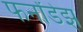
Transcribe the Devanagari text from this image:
फर्नांडेझ